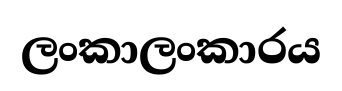
ලංකාලංකාරය